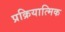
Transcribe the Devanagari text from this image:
प्रक्रियात्मिक